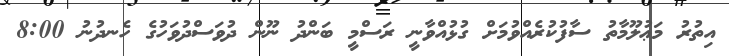
އިތުރު މަޢުލޫމާތު ސާފުކުރެއްވުމަށް ގުޅުއްވާނީ ރަސްމީ ބަންދު ނޫން ދުވަސްދުވަހުގެ ހެނދުނު 8:00